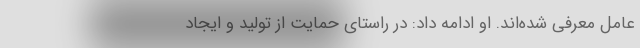
عامل معرفی شده‌اند. او ادامه داد: در راستای حمایت از تولید و ایجاد